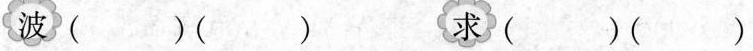
波( )（ ）求( )（ ）